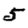
Digit: 5